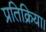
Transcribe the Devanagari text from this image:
प्रतिक्रिया।